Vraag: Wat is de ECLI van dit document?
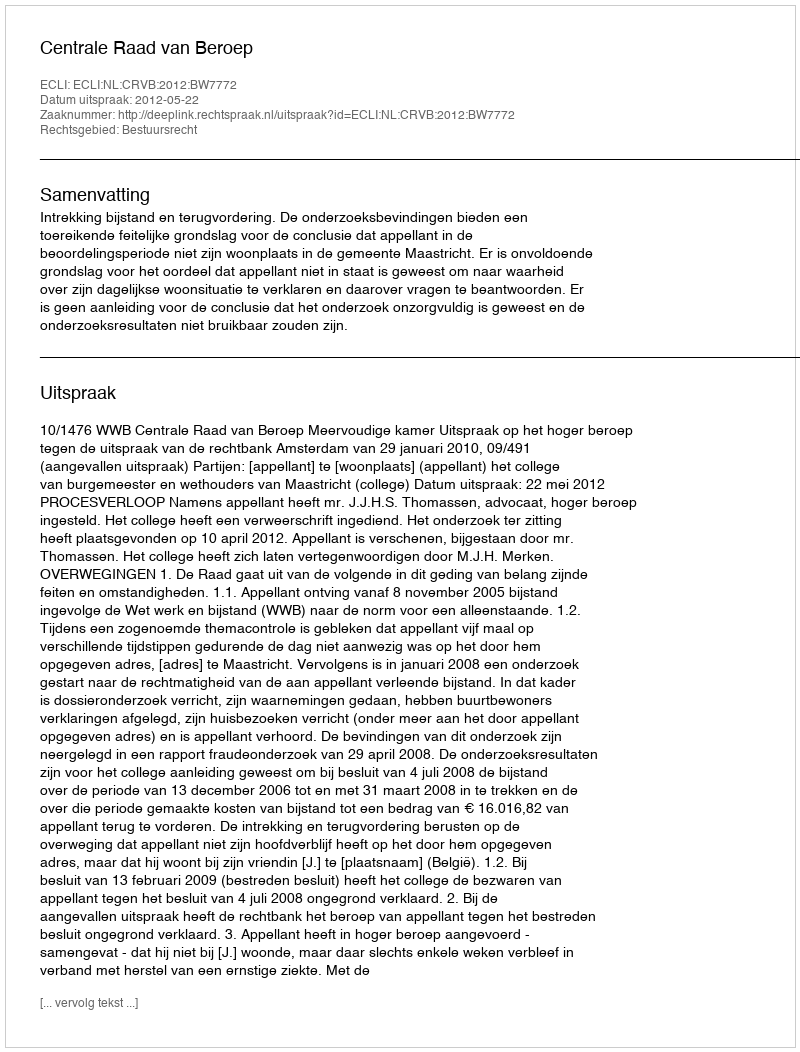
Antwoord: ECLI:NL:CRVB:2012:BW7772